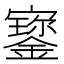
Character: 𡫷